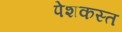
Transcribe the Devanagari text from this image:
पेशकस्त